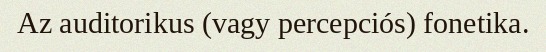
Az auditorikus (vagy percepciós) fonetika.